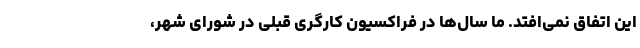
این اتفاق نمی‌افتد. ما سال‌ها در فراکسیون کارگری قبلی در شورای شهر،